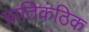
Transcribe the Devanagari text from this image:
प्रातिकंठिक